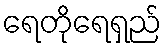
ရေတိုရေရှည်